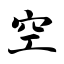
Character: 空